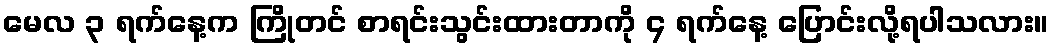
မေလ ၃ ရက်နေ့က ကြိုတင် စာရင်းသွင်းထားတာကို ၄ ရက်နေ့ ပြောင်းလို့ရပါသလား။